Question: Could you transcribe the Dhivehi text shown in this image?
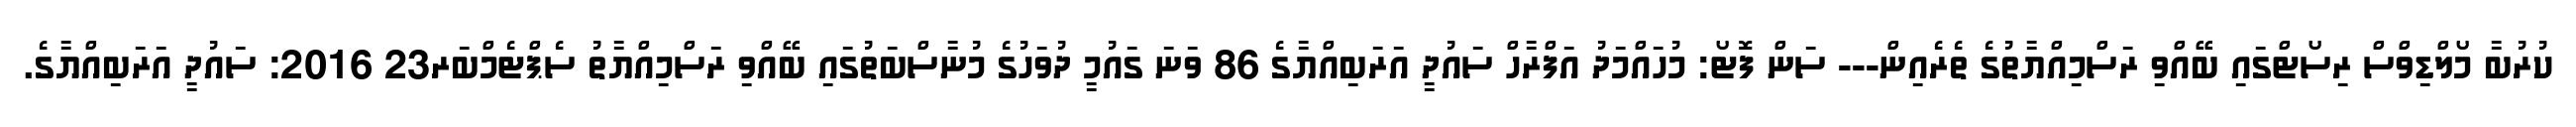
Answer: ކުރުބާ މޯލްޑިވްސް ރިސޯޓްގައި ބޭއްވި ރަސްމިއްޔާތުގެ ތެރެއިން--- ސަން ފޮޓޯ: މުހައްމަދު އަފްރާހް ސައުދީ އަރަބިއްޔާގެ 86 ވަނަ ގައުމީ ދުވަހުގެ މުނާސްބަތުގައި ބޭއްވި ރަސްމިއްޔާތު ސެޕްޓެމްބަރ23 2016: ސައުދީ އަރަބިއްޔާގެ.